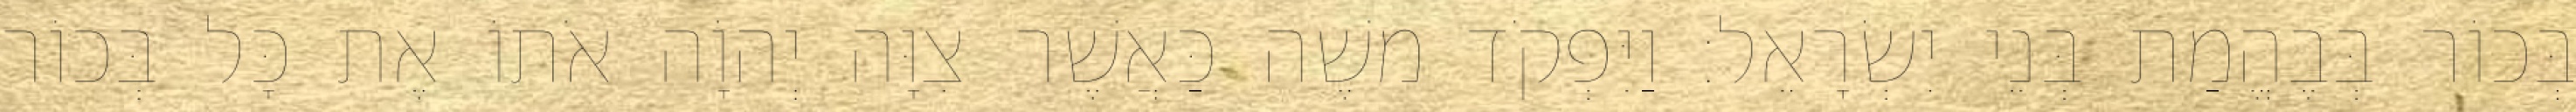
בְּכוֹר בְּבֶהֱמַת בְּנֵי יִשְׂרָאֵל׃ וַיִּפְקֹד משֶׁה כַּאֲשֶׁר צִוָּה יְהוָֹה אֹתוֹ אֶת כָּל בְּכוֹר